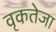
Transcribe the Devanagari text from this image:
वृकतेजा